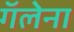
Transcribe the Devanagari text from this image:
गॅलेना